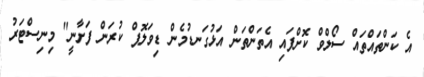
އެ ކަންތައްތައް ސޯލްވް ކޮށްފައި އެތަންތަން އަޅުގަނޑުމެން ޑިވަލޮޕް ކުރަން ފަށާނީ" މިނިސްޓަރު